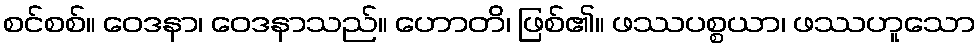
စင်စစ်။ ဝေဒနာ၊ ဝေဒနာသည်။ ဟောတိ၊ ဖြစ်၏။ ဖဿပစ္စယာ၊ ဖဿဟူသော